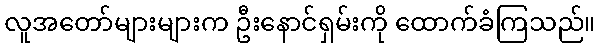
လူအတော်များများက ဦးနောင်ရှမ်းကို ထောက်ခံကြသည်။